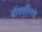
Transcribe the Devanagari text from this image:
बॉक्सींगचे